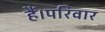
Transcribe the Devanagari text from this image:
हैं।परिवार